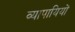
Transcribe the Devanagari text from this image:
व्यापायियों